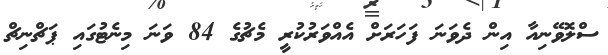
ސްލޮވޭނިއާ އިން ދެވަނަ ފަހަރަށް އެއްވަރުކުރީ މެޗުގެ 84 ވަނަ މިނެޓުގައި ޕަޗްނިޗް